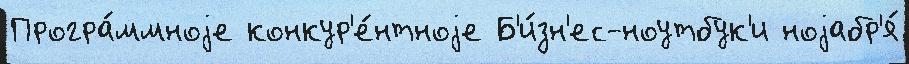
Програ́ммноjе конкур'е́нтноjе Б'и́зн'ес-ноутбук'и ноjабр'я́